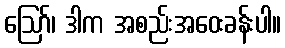
ဪ၊ ဒါက အစည်းအဝေးခန်းပါ။